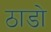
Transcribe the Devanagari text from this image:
ठाडो